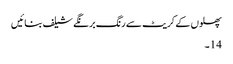
پھلوں کے کریٹ سے رنگ برنگے شیلف بنائیں
14۔